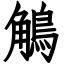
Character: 鵤